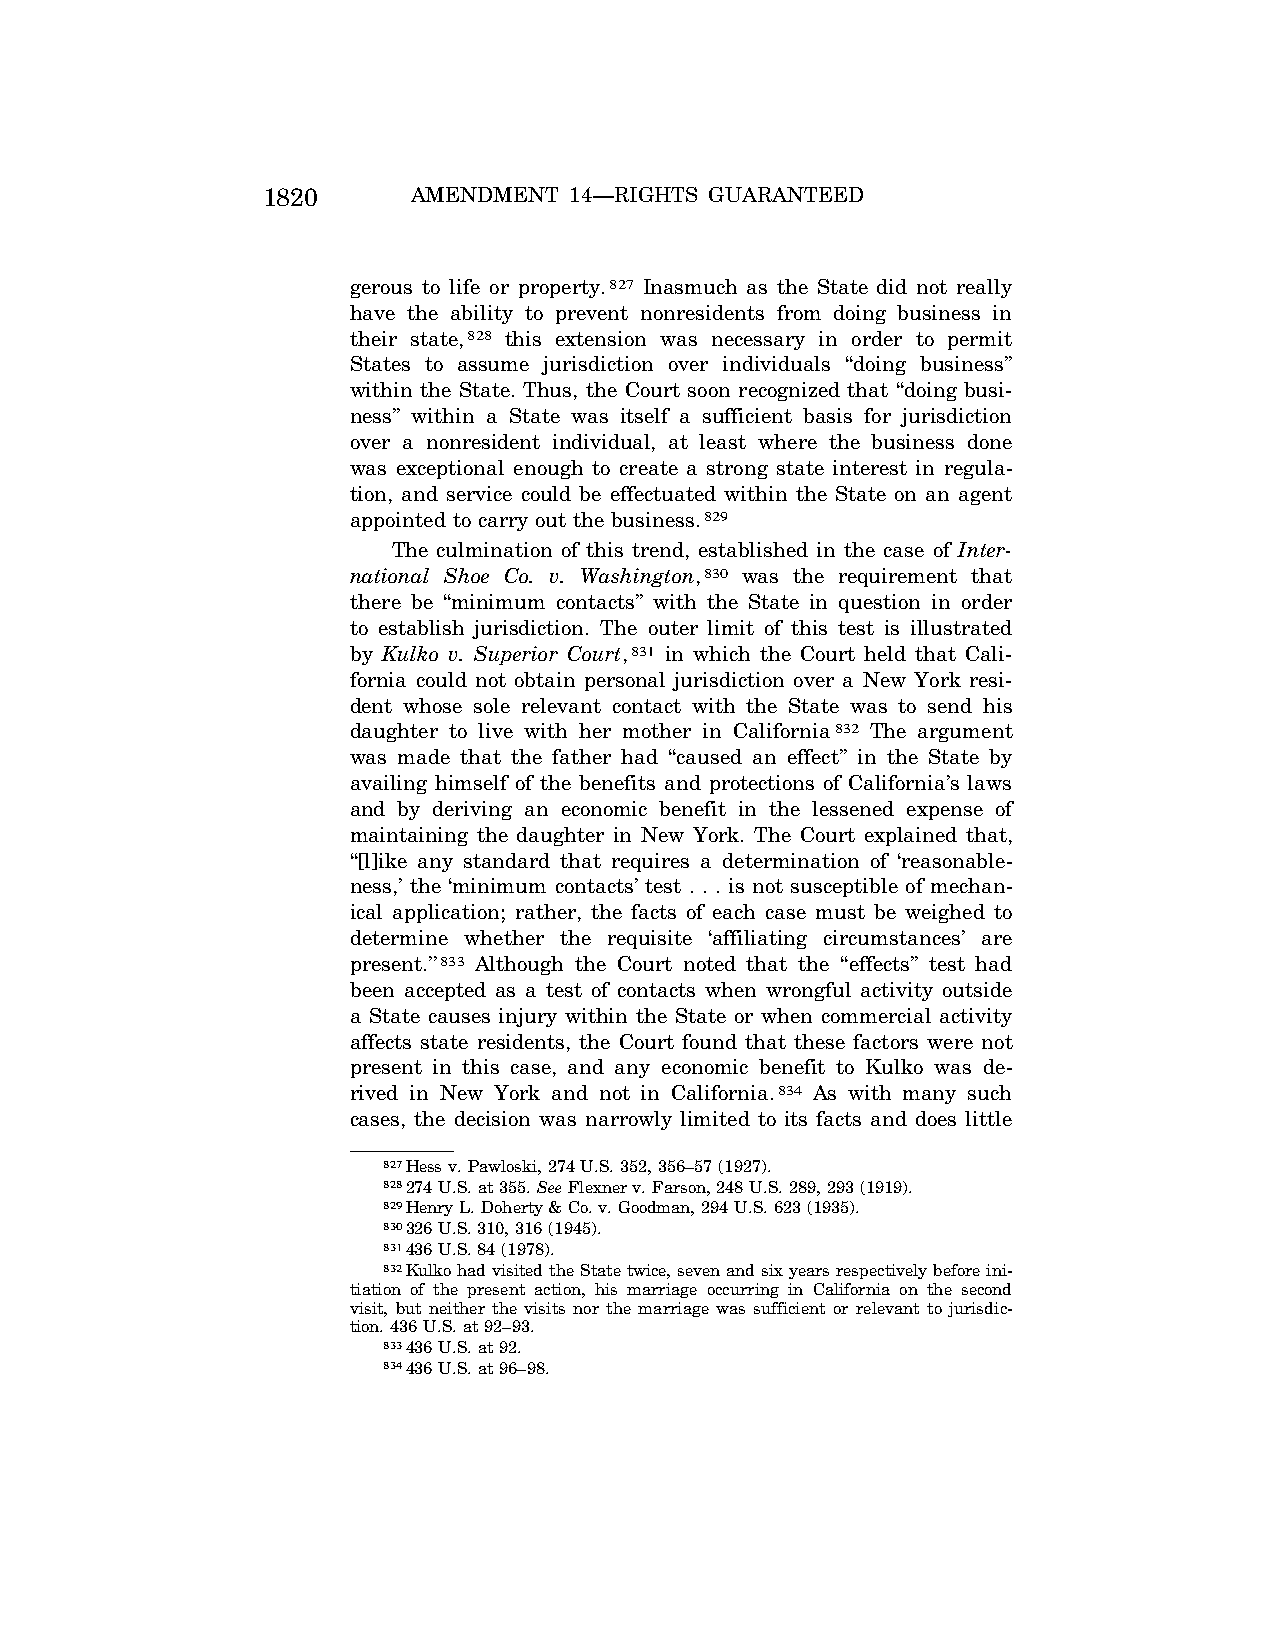
1820      AMENDMENT  14—RIGHTS GUARANTEED
 gerous to life or property.827 Inasmuch as the State did not really
 have the ability to prevent nonresidents from doing business in
 their state,828 this extension was necessary in order to permit
 States to assume jurisdiction over individuals ‘‘doing business’’
 within the State. Thus, the Court soon recognized that ‘‘doing busi-
 ness’’ within a State was itself a sufficient basis for jurisdiction
 over a nonresident individual, at least where the business done
 was exceptional enough to create a strong state interest in regula-
 tion, and service could be effectuated within the State on an agent
 appointed to carry out the business.829
 The culmination of this trend, established in the case of Inter-
 national Shoe Co. v. Washington,830 was the requirement that
 there be ‘‘minimum contacts’’ with the State in question in order
 to establish jurisdiction. The outer limit of this test is illustrated
 by Kulko v. Superior Court,831 in which the Court held that Cali-
 fornia could not obtain personal jurisdiction over a New York resi-
 dent whose sole relevant contact with the State was to send his
 daughter to live with her mother in California832 The argument
 was made that the father had ‘‘caused an effect’’ in the State by
 availing himself of the benefits and protections of California’s laws
 and by deriving an economic benefit in the lessened expense of
 maintaining the daughter in New York. The Court explained that,
 ‘‘[l]ike any standard that requires a determination of ‘reasonable-
 ness,’ the ‘minimum contacts’ test . . . is not susceptible of mechan-
 ical application; rather, the facts of each case must be weighed to
 determine whether the requisite ‘affiliating circumstances’ are
 present.’’833 Although the Court noted that the ‘‘effects’’ test had
 been accepted as a test of contacts when wrongful activity outside
 a State causes injury within the State or when commercial activity
 affects state residents, the Court found that these factors were not
 present in this case, and any economic benefit to Kulko was de-
 rived in New York and not in California.834 As with many such
 cases, the decision was narrowly limited to its facts and does little
 827Hess v. Pawloski, 274 U.S. 352, 356–57 (1927).
 828274 U.S. at 355. SeeFlexner v. Farson, 248 U.S. 289, 293 (1919).
 829Henry L. Doherty & Co. v. Goodman, 294 U.S. 623 (1935).
 830326 U.S. 310, 316 (1945).
 831436 U.S. 84 (1978).
 832Kulko had visited the State twice, seven and six years respectively before ini-
 tiation of the present action, his marriage occurring in California on the second
 visit, but neither the visits nor the marriage was sufficient or relevant to jurisdic-
 tion. 436 U.S. at 92–93.
 833436 U.S. at 92.
 834436 U.S. at 96–98.
 VerDate Jul<13>2004 05:44 Jul 13, 2004 Jkt 000000 PO 00000 Frm 00150 Fmt 8222 Sfmt 8222 \\GSDDPC41\YOURS-AND-MINE\CON046.SGM CON046